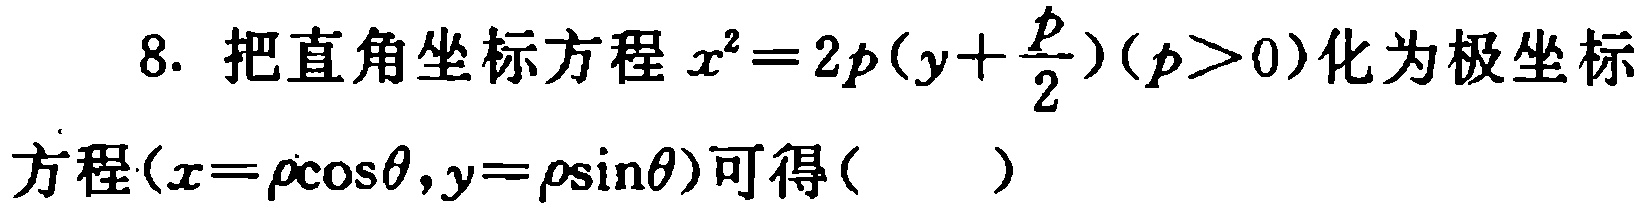
8. 把直角坐标方程$x^{2}=2p(y + \frac{p}{2})(p>0)$化为极坐标

方程($x = \rho\cos\theta,y = \rho\sin\theta$)可得( )